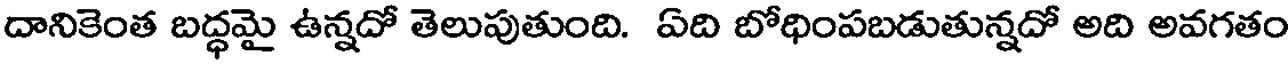
దానికెంత బద్ధమై ఉన్నదో తెలుపుతుంది. ఏది బోధింపబడుతున్నదో అది అవగతం